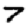
Digit: 7